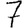
Digit: 7